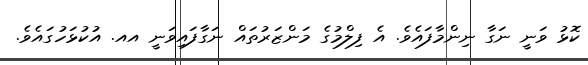
ކޮޅު ވަނީ ނަގާ ނިންމާފައެވެ. އެ ފިލްމުގެ މަންޒަރުތައް ނަގާފައިވަނީ އއ. އުކުޅަހުގައެވެ.